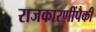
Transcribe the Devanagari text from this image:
राजकारणींपैकी